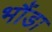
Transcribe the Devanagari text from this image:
भौंडा